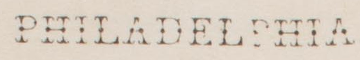
PHILADELPHIA.